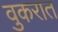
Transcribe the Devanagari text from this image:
वुकरात